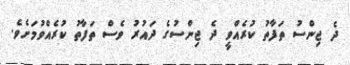
ދެ ޖިންސު ތަފާތު ކުރެއްވީ ދެ ޖިންސުގެ ދައުރު ވެސް ތަފާތު ކުރެއްވުމަށެވެ.